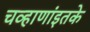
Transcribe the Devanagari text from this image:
चव्हाणांइतके